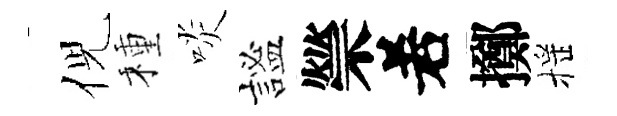
倪種啖謐禜𠰥擲摇